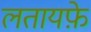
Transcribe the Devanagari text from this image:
लतायफ़े